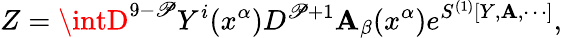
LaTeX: Z=\intD^{9-\mathscr{P}}Y^{i}(x^{\alpha})D^{\mathscr{P}+1}\mathbf{A}_{\beta}(x^{\alpha})e^{S^{(1)}[Y,\mathbf{A},\cdots]},